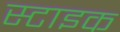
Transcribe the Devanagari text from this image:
स्टाइक